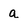
Character: a